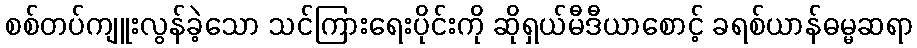
စစ်တပ်ကျူးလွန်ခဲ့သော သင်ကြားရေးပိုင်းကို ဆိုရှယ်မီဒီယာစောင့် ခရစ်ယာန်ဓမ္မဆရာ